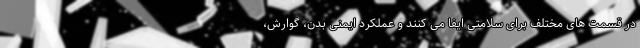
در قسمت های مختلف برای سلامتی ایفا می کنند و عملکرد ایمنی بدن، گوارش،